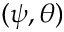
( \psi , \theta )